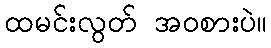
ထမင်းလွတ် အဝစားပဲ။